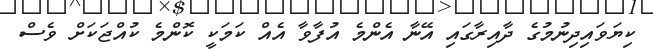
ކިޔަވައިދިނުމުގެ ދާއިރާގައި އޭނާ އެންމެ އުފާވާ އެއް ކަމަކީ ކޮންމެ ކުއްޖަކަށް ވެސް